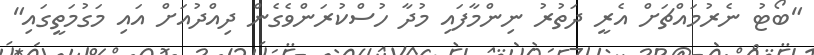
"ބޯޓު ނެރުމައްޗަށް އެރީ ދަތުރު ނިންމާފައި މުދާ ހުސްކުރަންވެގެން ދިއްދުއަށް އައި މަގުމަތީގައި"